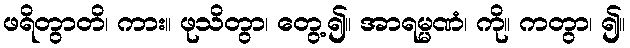
ဖရိတွာတိ၊ ကား။ ဖုသိတွာ၊ တွေ့၍။ အာရမ္မဏံ၊ ကို။ ကတွာ၊ ၍။